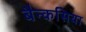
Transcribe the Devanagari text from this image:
बैन्कसिया